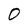
Character: 0